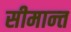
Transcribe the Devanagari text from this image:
सीमान्‍त